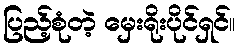
ပြည့်စုံတဲ့ မှေးရိုးပိုင်ရှင်။